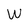
Character: W